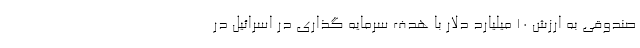
صندوقی به ارزش ۱۰ میلیارد دلار با هدف سرمایه گذاری در اسرائیل در